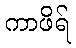
ကာဖိရ်